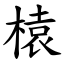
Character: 榬